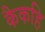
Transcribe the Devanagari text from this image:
कैकहि